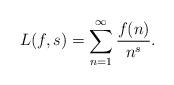
LaTeX: \begin{align*}L(f, s) = \sum_{n=1}^\infty \frac{f(n)}{n^s}.\end{align*}